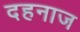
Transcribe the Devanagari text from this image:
दहनाज